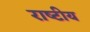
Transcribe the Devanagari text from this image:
राष्‍टीय